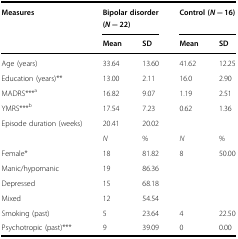
<table><thead><tr><td rowspan="2"><b>Measures</b></td><td colspan="2"><b>Bipolar disorder (<i>N</i> = 22)</b></td><td colspan="2"><b>Control (<i>N</i> = 16)</b></td></tr><tr><td><b>Mean</b></td><td><b>SD</b></td><td><b>Mean</b></td><td><b>SD</b></td></tr></thead><tbody><tr><td>Age (years)</td><td>33.64</td><td>13.60</td><td>41.62</td><td>12.25</td></tr><tr><td>Education (years)**</td><td>13.00</td><td>2.11</td><td>16.0</td><td>2.90</td></tr><tr><td>MADRS***<sup>a</sup></td><td>16.82</td><td>9.07</td><td>1.19</td><td>2.51</td></tr><tr><td>YMRS***<sup>b</sup></td><td>17.54</td><td>7.23</td><td>0.62</td><td>1.36</td></tr><tr><td>Episode duration (weeks)</td><td>20.41</td><td>20.02</td><td></td><td></td></tr><tr><td></td><td><i>N</i></td><td>%</td><td><i>N</i></td><td>%</td></tr><tr><td>Female*</td><td>18</td><td>81.82</td><td>8</td><td>50.00</td></tr><tr><td>Manic/hypomanic</td><td>19</td><td>86.36</td><td></td><td></td></tr><tr><td>Depressed</td><td>15</td><td>68.18</td><td></td><td></td></tr><tr><td>Mixed</td><td>12</td><td>54.54</td><td></td><td></td></tr><tr><td>Smoking (past)</td><td>5</td><td>23.64</td><td>4</td><td>22.50</td></tr><tr><td>Psychotropic (past)***</td><td>9</td><td>39.09</td><td>0</td><td>0.00</td></tr></tbody></table>